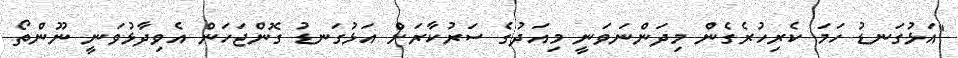
"އަޅުގަނޑު ހަމަ ކެރިހުރެގެން މިދަންނަވަނީ މިއަދުގެ ސަރުކާރަށް އަޅުގަނޑު ގޮންޖަހަން އެވިދާޅުވަނީ ނޫންތޯ